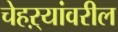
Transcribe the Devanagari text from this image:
चेहऱ्यांवरील